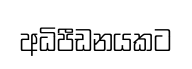
අධිපීඩනයකට